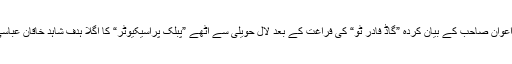
ڈاکٹر بابر اعوان صاحب کے بیان کردہ ”گاڈ فادر ٹو“ کی فراغت کے بعد لال حویلی سے اُٹھے ”پبلک پراسیکیوٹر“ کا اگلا ہدف شاہد خاقان عباسی ہوں گے۔